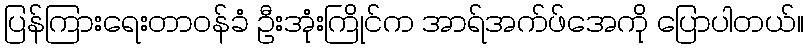
ပြန်ကြားရေးတာဝန်ခံ ဦးအုံးကြိုင်က အာရ်အက်ဖ်အေကို ပြောပါတယ်။